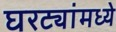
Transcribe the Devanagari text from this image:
घरट्यांमध्ये